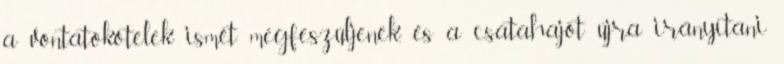
a vontatókötelek ismét megfeszüljenek, és a csatahajót újra irányítani